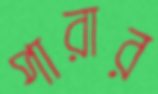
পারার